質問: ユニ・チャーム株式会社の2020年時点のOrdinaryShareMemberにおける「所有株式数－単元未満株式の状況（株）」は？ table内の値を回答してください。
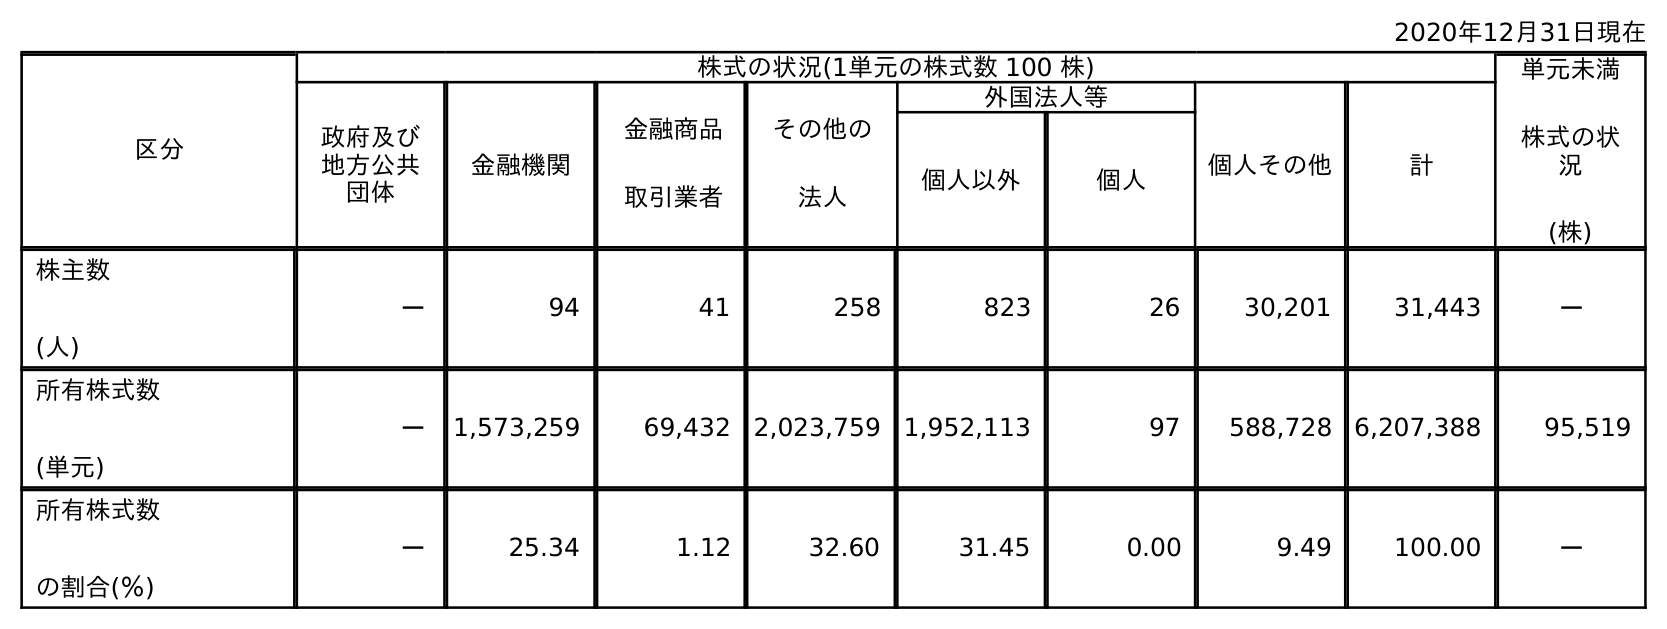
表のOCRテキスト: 2020年12月31日現在 区分 株式の状況(1単元の株式数 100 株) 単元未満 株式の状 況 (株) 政府及び 地方公共 団体 金融機関 金融商品 取引業者 その他の 法人 外国法人等 個人その他 計 個人以外 個人 株主数 (人) － 94 41 258 823 26 30,201 31,443 － 所有株式数 (単元) － 1,573,259 69,432 2,023,759 1,952,113 97 588,728 6,207,388 95,519 所有株式数 の割合(％) － 25.34 1.12 32.60 31.45 0.00 9.49 100.00 －
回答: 95,519